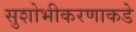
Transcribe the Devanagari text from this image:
सुशोभीकरणाकडे